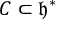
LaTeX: C \subset { \mathfrak { h } } ^ { * }